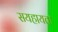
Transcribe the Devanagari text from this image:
सयहायता